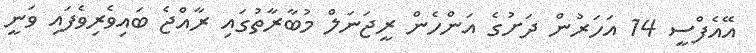
އޭއެފްސީ 14 އަހަރުން ދަށުގެ އަންހެން ރީޖަނަލް މުބާރާތުގައި ރާއްޖެ ބައިވެރިވެފައި ވަނީ